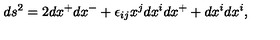
d s ^ { 2 } = 2 d x ^ { + } d x ^ { - } + \epsilon _ { i j } x ^ { j } d x ^ { i } d x ^ { + } + d x ^ { i } d x ^ { i } ,